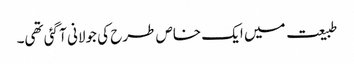
طبیعت میں ایک خاص طرح کی جولانی آ گئی تھی۔